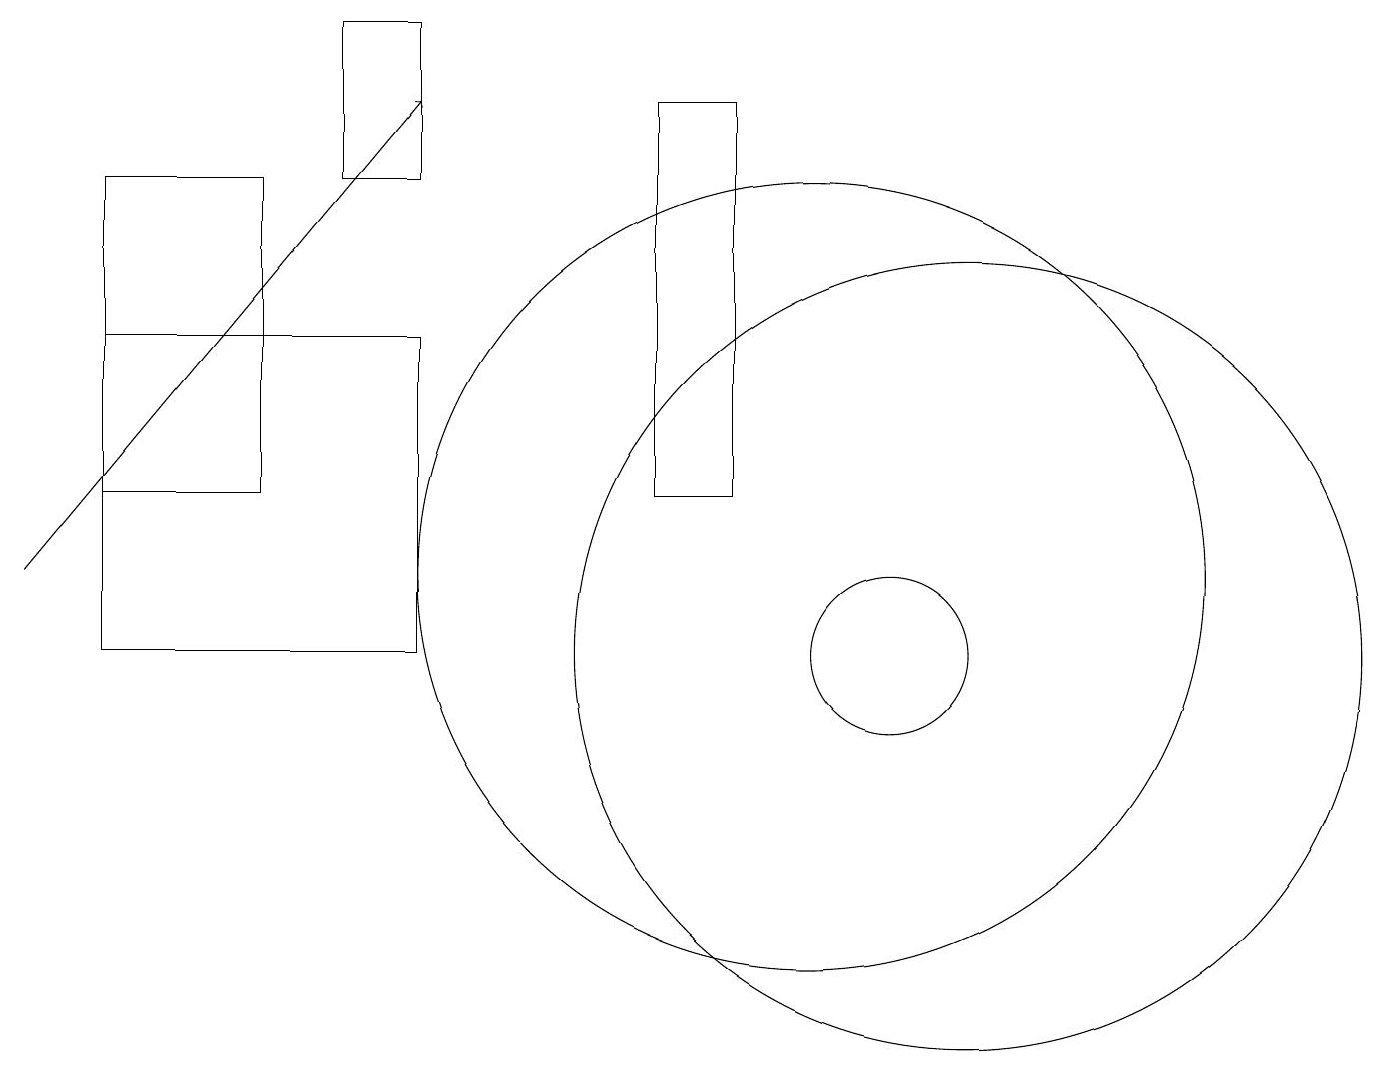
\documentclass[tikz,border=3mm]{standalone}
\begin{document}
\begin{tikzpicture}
\draw (4,16) rectangle (5,18);
\draw (11,10) circle (1);
\draw (9,17) rectangle (8,12);
\draw (5,10) rectangle (1,14);
\draw (12,10) circle (5);
\draw[->] (0,11) -- (5,17);
\draw (3,16) rectangle (1,12);
\draw (10,11) circle (5);
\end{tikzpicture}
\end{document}